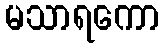
မသာရကော